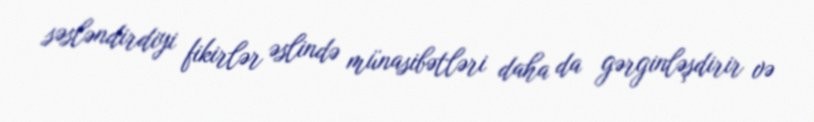
səsləndirdiyi fikirlər əslində münasibətləri daha da gərginləşdirir və